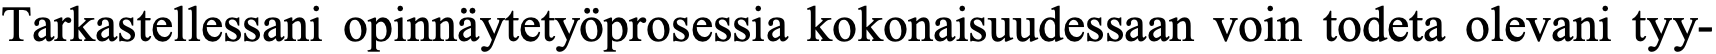
Tarkastellessani opinnäytetyöprosessia kokonaisuudessaan voin todeta olevani tyy-